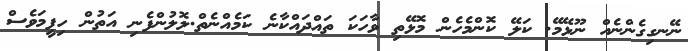
ނޭނގިގެންނެއް ނޫޅޭމޭ. ކަލޭ ކޮންމެހެން މޮޅޭތި ވާހަކަ ތައްދައްކާނެ ކަމެއްނެތް.ލޮލުންފެނި އަތުން ހިފީމަވެސް